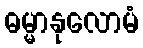
ဓမ္မာနုလောမံ